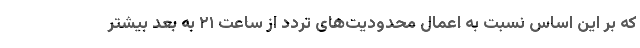
که بر این اساس نسبت به اعمال محدودیت‌های تردد از ساعت ۲۱ به بعد بیشتر